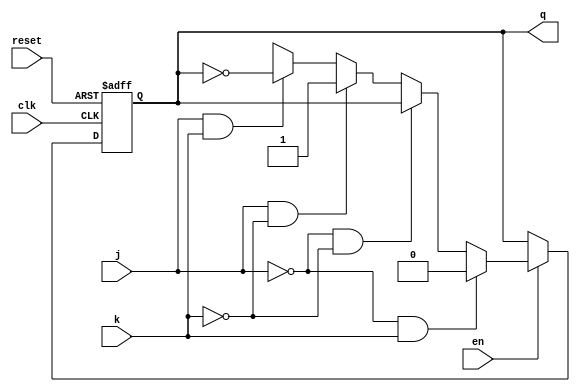
`timescale 1ns / 1ps
//////////////////////////////////////////////////////////////////////////////////
// Company: 
// Engineer: 
// 
// Design Name: 
// Module Name: JK_FF
// Project Name: 
// Target Devices: 
// Tool Versions: 
// Description: 
// 
// Dependencies: 
// 
// Revision:
// Revision 0.01 - File Created
// Additional Comments:
// 
//////////////////////////////////////////////////////////////////////////////////


module JK_FF(q,clk,j,k,reset,en);

input clk,j,k,reset,en;
output reg q;

always@(posedge clk, posedge reset )
begin

if (reset == 1'b1)

           q <= 1'b0;

else if (en == 1'b0)
 
             q<=q;

else if(j==1'b0 && k==1'b1)
   
             q <= 0;
else if(j==1'b0 && k==1'b0)
        
              q <= q;
else if(j==1'b1 && k==1'b0)
             
               q <= 1;
else if(j==1'b1 && k ==1'b0)
                  
               q <= 1; 
else if (j == 1'b1 && k ==1'b1)
               q <= ~q;
else
q<=1'bx;
end
endmodule